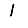
Digit: 1